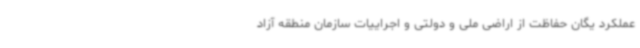
عملکرد یگان حفاظت از اراضی ملی و دولتی و اجراییات سازمان منطقه آزاد